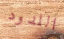
اللدود